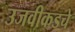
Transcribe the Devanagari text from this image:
उजवीकडचे